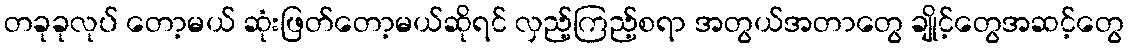
တခုခုလုပ် တော့မယ် ဆုံးဖြတ်တော့မယ်ဆိုရင် လှည့်ကြည့်စရာ အတွယ်အတာတွေ ချိုင့်တွေအဆင့်တွေ